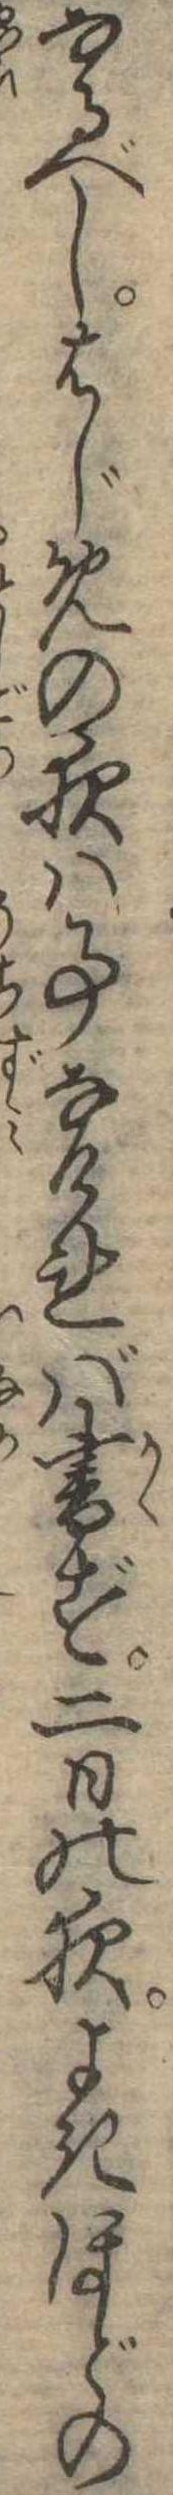
なるべしはじめの夜は事なければ書ず二日の夜よきほどの